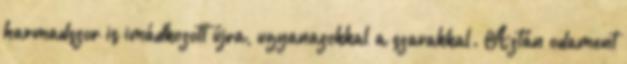
harmadszor is imádkozott újra, ugyanazokkal a szavakkal. Aztán odament